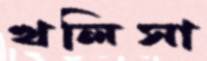
খলিসা